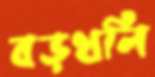
বড়থলি